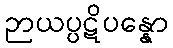
ဉာယပ္ပဋိပန္နော